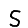
Digit: 5